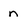
Character: n